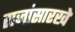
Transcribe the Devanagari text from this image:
राजांसारखे